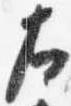
左